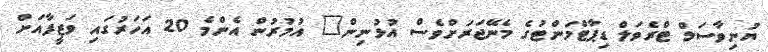
ޔުނިވާސަލް ޓްރެވަލް ޑިޕާޓްމަންޓުގެ މެނޭޖަރަށްވެސް އުޅުނިން" އުމުރުން އެންމެ 20 އަހަރުގައި ވަޒީފާއަށް